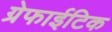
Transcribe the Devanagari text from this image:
ग्रेफाईटिक